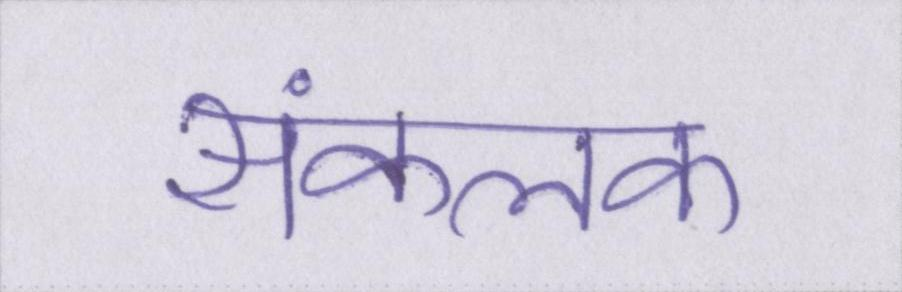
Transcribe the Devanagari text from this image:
संकलक